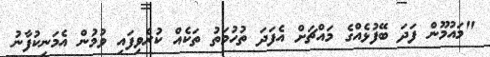
"މައުމޫން ފަދަ ބޭފުޅެއްގެ މައްޗަށް އެފަދަ ތުހުމަތު ތަކެއް ކުރެވިފައި ވުމުން އެމަނިކުފާނު